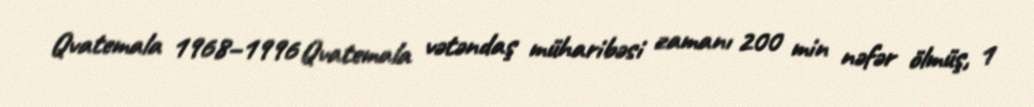
Qvatemala 1968–1996 Qvatemala vətəndaş müharibəsi zamanı 200 min nəfər ölmüş, 1